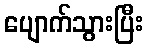
ပျောက်သွားပြီး